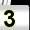
Digit: 3